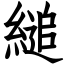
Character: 縋